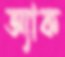
অ্যাক